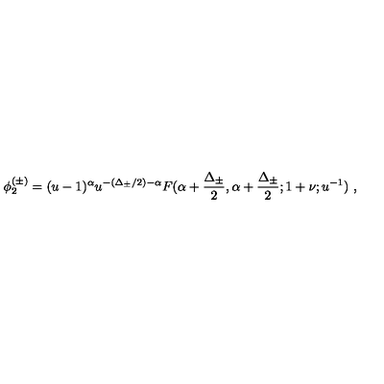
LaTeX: \phi _ { 2 } ^ { ( \pm ) } = ( u - 1 ) ^ { \alpha } u ^ { - ( \Delta _ { \pm } / 2 ) - \alpha } F ( \alpha + \frac { \Delta _ { \pm } } { 2 } , \alpha + \frac { \Delta _ { \pm } } { 2 } ; 1 + \nu ; u ^ { - 1 } ) \ ,